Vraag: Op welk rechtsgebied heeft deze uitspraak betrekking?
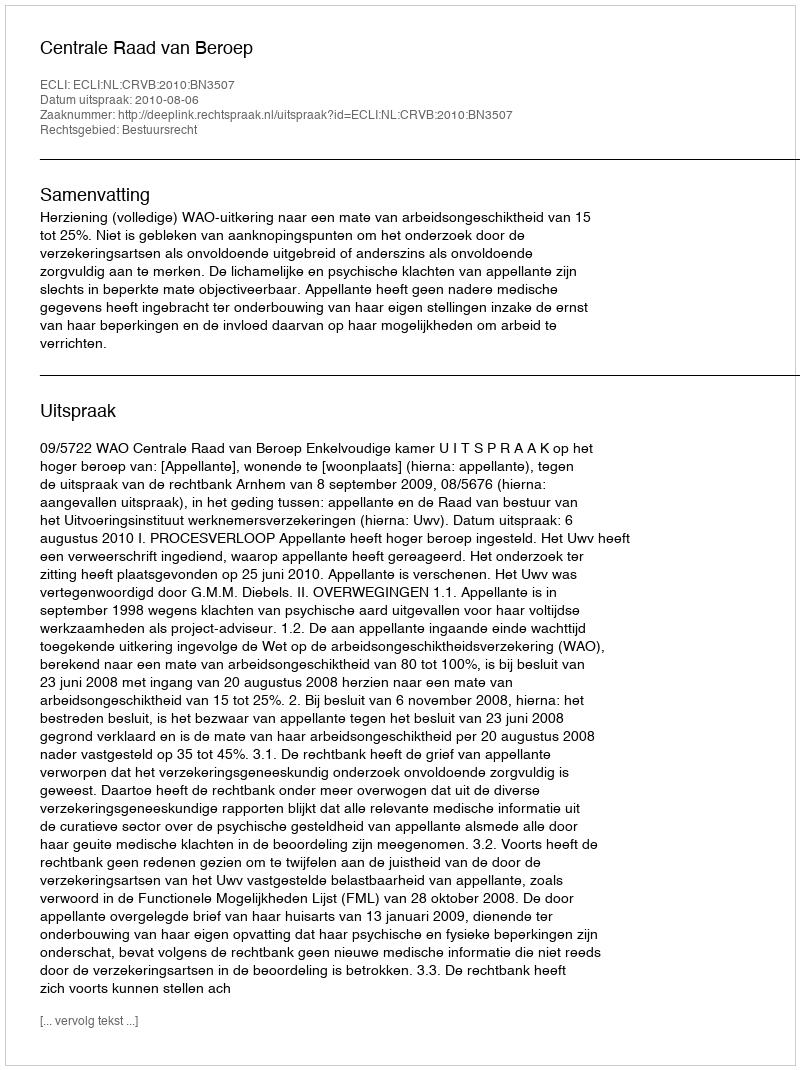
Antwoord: Bestuursrecht